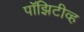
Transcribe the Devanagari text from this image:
पॉझिटीव्ह